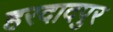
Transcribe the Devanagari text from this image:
हरदादपुर